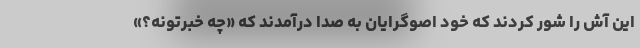
این آش را شور کردند که خود اصو‌گرایان به صدا درآمدند که «چه خبرتونه؟»